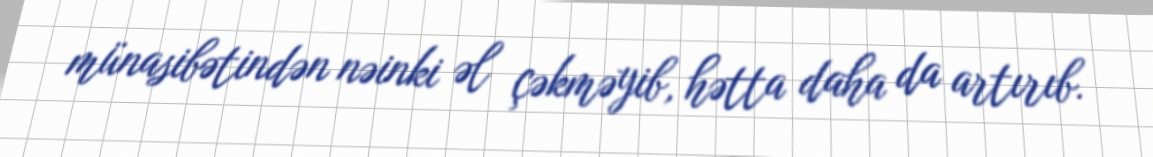
münasibətindən nəinki əl çəkməyib, hətta daha da artırıb.